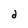
Character: d